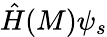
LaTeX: {\hat{H}}(M)\psi_{s}